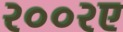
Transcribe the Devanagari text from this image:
२००२ए